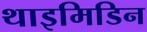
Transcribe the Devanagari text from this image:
थाइमिडिन